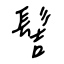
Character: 髻